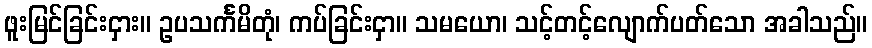
ဖူးမြင်ခြင်းငှား။ ဥပသင်္ကမိတုံ၊ ကပ်ခြင်းငှာ။ သမယော၊ သင့်တင့်လျောက်ပတ်သော အခါသည်။